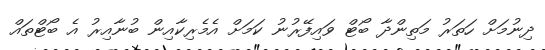
ދިނުމަށް ހަތަރު މަތިންދާ ބޯޓް ވައިފޭރުނު ކަމަށް އެމެރިކާއިން ބުނާއިރު އެ ބޯޓްތައް